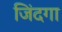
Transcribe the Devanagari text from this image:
जिंदगा